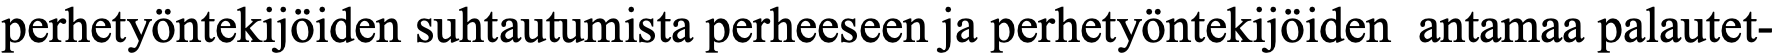
perhetyöntekijöiden suhtautumista perheeseen ja perhetyöntekijöiden antamaa palautet-